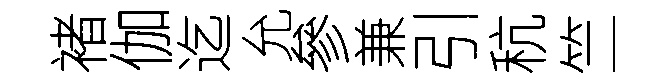
褚伽迄允參兼引秔竺